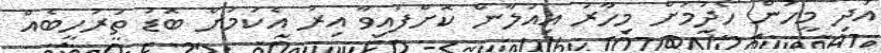
އަދި މީހުން ހޯދުމަށް މިހާރު އިއުލާން ކޮށްފައިވާ އިރު އެކަމަށް ބޮޑު ތަރުހީބެއް